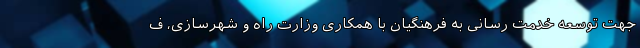
جهت توسعه خدمت رسانی به فرهنگیان با همکاری وزارت راه و شهرسازی، ف